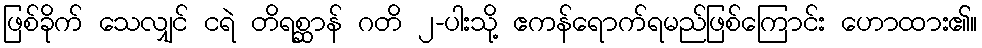
ဖြစ်ခိုက် သေလျှင် ငရဲ တိရစ္ဆာန် ဂတိ ၂-ပါးသို့ ဧကန်ရောက်ရမည်ဖြစ်ကြောင်း ဟောထား၏။